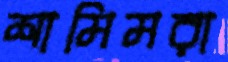
শামিমরা